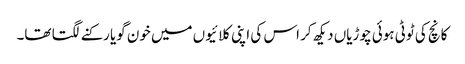
کانچ کی ٹوٹی ہوئی چوڑیاں دیکھ کر اس کی اپنی کلائیوں میں خون گویا رکنے لگتا تھا۔